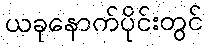
ယခုနောက်ပိုင်းတွင်